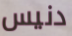
دنيس